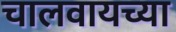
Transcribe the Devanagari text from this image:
चालवायच्या